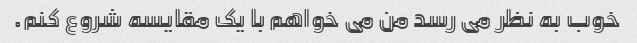
خوب به نظر می رسد من می خواهم با یک مقایسه شروع کنم.